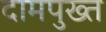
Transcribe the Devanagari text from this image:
दामपुख्त